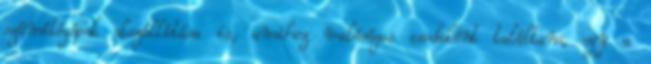
számítógépek elszállítása is, amihez valóságos csodaként találtam, egy a